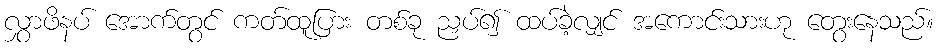
လွှာဖိနပ် အောက်တွင် ကတ်ထူပြား တစ်ခု ညှပ်၍ ထပ်ခဲ့လျှင် အကောင်းသားဟု တွေးနေသည်။